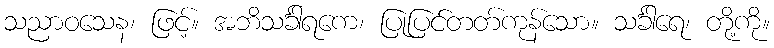
သညာဝသေန၊ ဖြင့်။ အဘိသင်္ခါရကေ၊ ပြုပြင်တတ်ကုန်သော။ သင်္ခါရေ၊ တို့ကို။